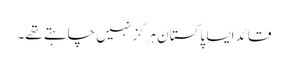
قائد ایسا پاکستان ہرگز نہیں چاہتے تھے۔